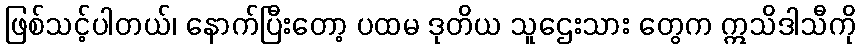
ဖြစ်သင့်ပါတယ်၊ နောက်ပြီးတော့ ပထမ ဒုတိယ သူဌေးသား တွေက ဣသိဒါသီကို